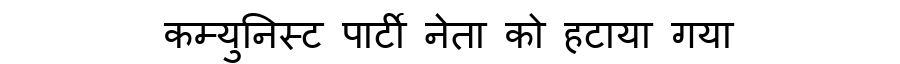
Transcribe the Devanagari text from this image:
कम्युनिस्ट पार्टी नेता को हटाया गया